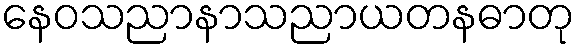
နေဝသညာနာသညာယတနဓာတု